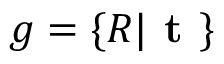
g = \{ R | \textbf { t } \}